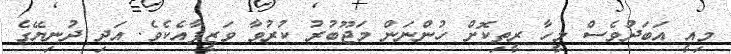
މިއީ އަބަދުވެސް މީހާ ރީތިކޮށް ހުންނަން މަޖޫބުރު ކުރުވާ ވަޒީފާއެކެވެ. އަދި ދުނިޔޭގެ